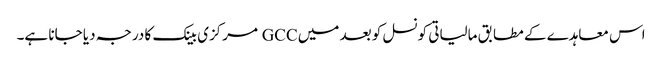
اس معاہدے کے مطابق مالیاتی کونسل کو بعد میں GCC مرکزی بینک کا درجہ دیا جانا ہے۔